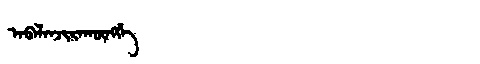
Manchu: ᠠᠪᠠᠯᠠᠨᠵᡳᡵᠠᡴᡡᠩᡤᡝ
Romanization: ABALANJIRAKŪNGGE